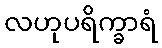
လဟုပရိက္ခာရံ